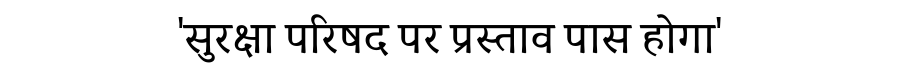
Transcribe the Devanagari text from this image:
'सुरक्षा परिषद पर प्रस्ताव पास होगा'